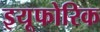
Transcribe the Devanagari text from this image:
इयूफोरिक